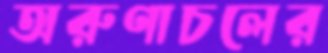
অরুণাচলের